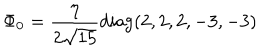
LaTeX: \Phi _ { 0 } = { \frac { \eta } { 2 \sqrt { 1 5 } } } \mathrm { d i a g } ( 2 , 2 , 2 , - 3 , - 3 )